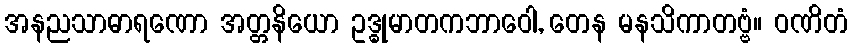
အနညသာဓာရဏော အတ္တနိယော ဥဒ္ဓုမာတကဘာဝေါ, တေန မနသိကာတဗ္ဗံ။ ဝဏိတံ